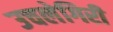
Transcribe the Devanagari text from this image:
उचलेगिरी